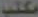
مكتب